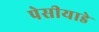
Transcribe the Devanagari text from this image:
पेसीयाडे